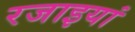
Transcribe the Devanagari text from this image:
रजाइयां